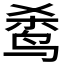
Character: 𬸌